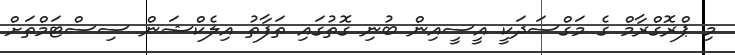
މި ޕްރޮގްރާމް ގެ މަގްސަދަކީ އީސީއިން ބުނި ގޮތުގައި ތަފާތު އިލެކްޝަން ސިސްޓަމްތަށް